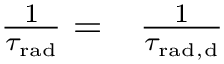
\begin{array} { r l } { \frac { 1 } { \tau _ { \mathrm { r a d } } } = } & { { } \frac { 1 } { \tau _ { \mathrm { { r a d } , { d } } } } } \end{array}